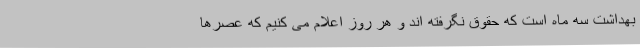
بهداشت سه ماه است که حقوق نگرفته اند و هر روز اعلام می کنیم که عصرها